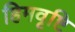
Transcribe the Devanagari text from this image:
हिमवृष्टि